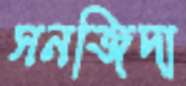
সনজিদা